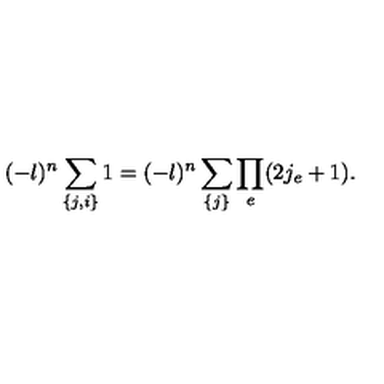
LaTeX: ( - \l ) ^ { n } \sum _ { \{ j , i \} } 1 = ( - \l ) ^ { n } \sum _ { \{ j \} } \prod _ { e } ( 2 j _ { e } + 1 ) .